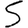
Digit: 5